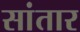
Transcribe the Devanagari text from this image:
सांतार